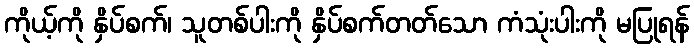
ကိုယ့်ကို နှိပ်စက်၊ သူတစ်ပါးကို နှိပ်စက်တတ်သော ကံသုံးပါးကို မပြုရန်